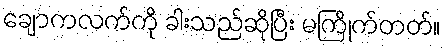
ချောကလက်ကို ခါးသည်ဆိုပြီး မကြိုက်တတ်။